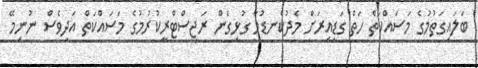
ބަލައިގަތުމުގެ މަސައްކަތް ހަތް ގަޑިއިރަށް މެދުކެނޑުމާ ގުޅިގެން ރަޖިސްޓްރީކުރުމުގެ މަސައްކަތް އަދިވެސް ނުނިމޭ